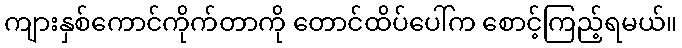
ကျားနှစ်ကောင်ကိုက်တာကို တောင်ထိပ်ပေါ်က စောင့်ကြည့်ရမယ်။